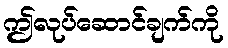
ဤလုပ်ဆောင်ချက်ကို